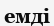
емді